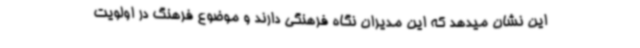
این نشان میدهد که این مدیران نگاه فرهنگی دارند و موضوع فرهنگ در اولویت